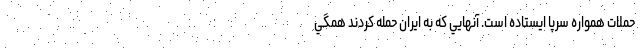
حملات همواره سرپا ايستاده است. آنهايي كه به ايران حمله كردند همگي